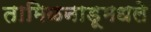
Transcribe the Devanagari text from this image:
तामिळनाडूमधले